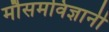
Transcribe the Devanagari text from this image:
मौसमविज्ञानी